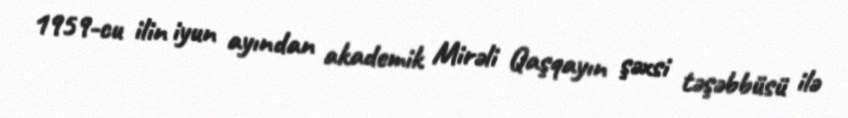
1959-cu ilin iyun ayından akademik Mirəli Qaşqayın şəxsi təşəbbüsü ilə